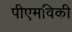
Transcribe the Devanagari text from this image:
पीएमविकी